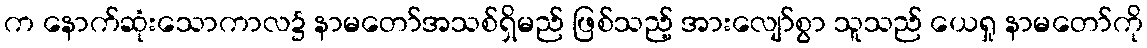
က နောက်ဆုံးသောကာလ၌ နာမတော်အသစ်ရှိမည် ဖြစ်သည့် အားလျော်စွာ သူသည် ယေရှု နာမတော်ကို